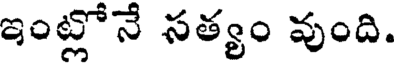
ఇంట్లోనే సత్యం వుంది.